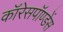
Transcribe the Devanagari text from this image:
कॉरेसपॉण्डेंस